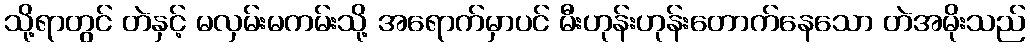
သို့ရာတွင် တဲနှင့် မလှမ်းမကမ်းသို့ အရောက်မှာပင် မီးဟုန်းဟုန်းတောက်နေသော တဲအမိုးသည်